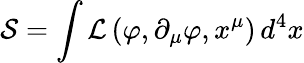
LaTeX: {\mathcal{S}}=\int{\mathcal{L}}\left(\varphi,\partial_{\mu}\varphi,x^{\mu}\right)\, d^{4}x